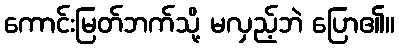
ကောင်းမြတ်ဘက်သို့ မလှည့်ဘဲ ပြော၏။